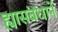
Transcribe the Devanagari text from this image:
ह्यासंबंधानें